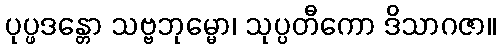
ပုပ္ဖဒန္တော သဗ္ဗဘုမ္မော၊ သုပ္ပတီကော ဒိသာဂဇာ။